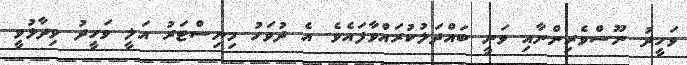
ވަހީދު ނޫސްވެރިންނާއި ވަނީ ބައްދަލުކުރައްވާފައެވެ. އެ ދުވަހު މިނިސްޓަރު އަލީ ވަހީދު ވިދާޅުވީ